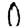
Digit: 0